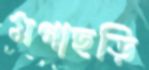
মগাছড়ি